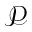
\mathcal { P }